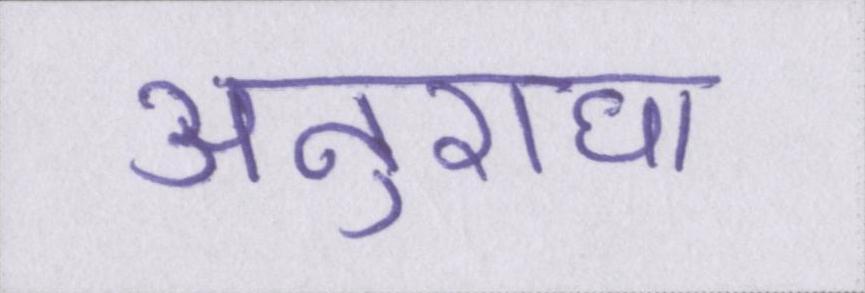
अनुराधा